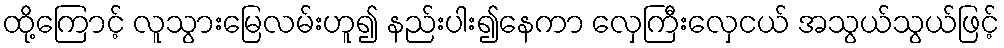
ထို့ကြောင့် လူသွားမြေလမ်းဟူ၍ နည်းပါး၍နေကာ လှေကြီးလှေငယ် အသွယ်သွယ်ဖြင့်